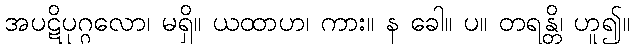
အပဋိပုဂ္ဂလော၊ မရှိ။ ယထာဟ၊ ကား။ န ခေါ။ ပ။ တရန္တိ၊ ဟူ၍။